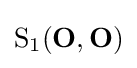
{\text{S}}_{1}(\mathbf {O} ,\mathbf {O} )